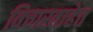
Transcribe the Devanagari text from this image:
विचारताहेत